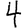
Digit: 4